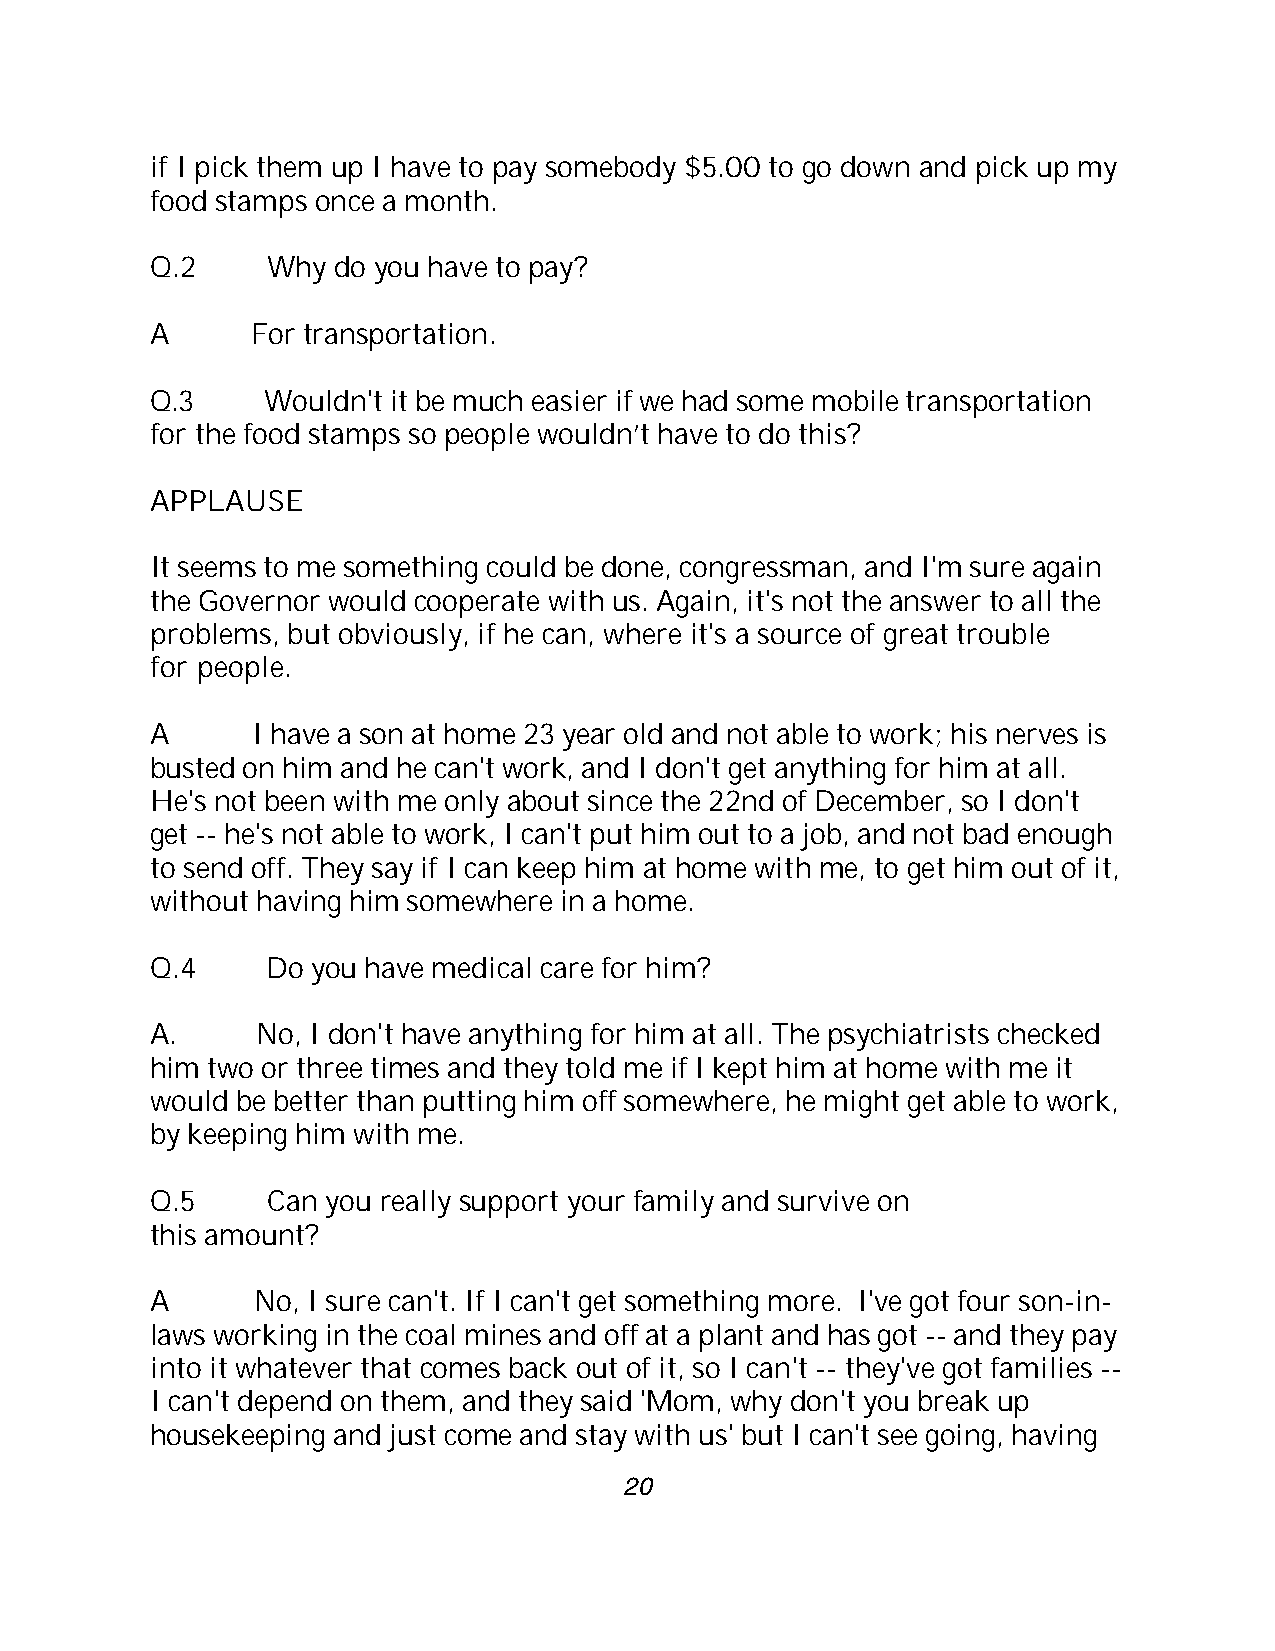
if I pick them up I have to pay somebody $5.00 to go down and pick up my
 food stamps once a month.
 Q.2     Why do you have to pay?
 A      For transportation.
 Q.3     Wouldn't it be much easier if we had some mobile transportation
 for the food stamps so people wouldn’t have to do this?
 APPLAUSE
 It seems to me something could be done, congressman, and I'm sure again
 the Governor would cooperate with us. Again, it's not the answer to all the
 problems, but obviously, if he can, where it's a source of great trouble
 for people.
 A      I have a son at home 23 year old and not able to work; his nerves is
 busted on him and he can't work, and I don't get anything for him at all.
 He's not been with me only about since the 22nd of December, so I don't
 get -- he's not able to work, I can't put him out to a job, and not bad enough
 to send off. They say if I can keep him at home with me, to get him out of it,
 without having him somewhere in a home.
 Q.4     Do you have medical care for him?
 A.     No, I don't have anything for him at all. The psychiatrists checked
 him two or three times and they told me if I kept him at home with me it
 would be better than putting him off somewhere, he might get able to work,
 by keeping him with me.
 Q.5     Can you really support your family and survive on
 this amount?
 A      No, I sure can't. If I can't get something more. I've got four son-in-
 laws working in the coal mines and off at a plant and has got -- and they pay
 into it whatever that comes back out of it, so I can't -- they've got families --
 I can't depend on them, and they said 'Mom, why don't you break up
 housekeeping and just come and stay with us' but I can't see going, having
 20